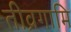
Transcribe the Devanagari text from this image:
तीव्रगामि